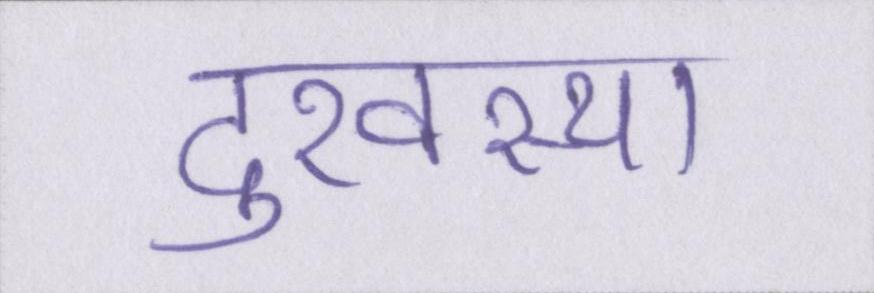
दुरवस्था